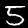
Digit: 5